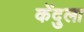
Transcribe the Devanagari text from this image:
केंदुला